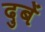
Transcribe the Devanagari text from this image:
दुबें